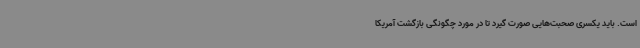
است. باید یکسری صحبت‌هایی صورت گیرد تا در مورد چگونگی بازگشت آمریکا